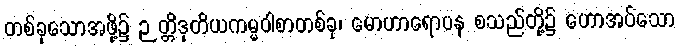
တစ်ခုသောအဖို့၌ ဉတ္တိဒုတိယကမ္မဝါစာတစ်ခု၊ မောဟာရောပန စသည်တို့၌ ဟောအပ်သော